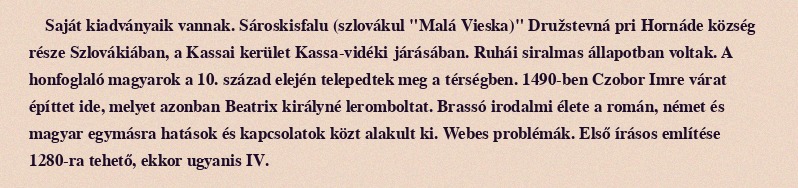
Saját kiadványaik vannak. Sároskisfalu (szlovákul "Malá Vieska)" Družstevná pri Hornáde község része Szlovákiában, a Kassai kerület Kassa-vidéki járásában. Ruhái siralmas állapotban voltak. A honfoglaló magyarok a 10. század elején telepedtek meg a térségben. 1490-ben Czobor Imre várat építtet ide, melyet azonban Beatrix királyné leromboltat. Brassó irodalmi élete a román, német és magyar egymásra hatások és kapcsolatok közt alakult ki. Webes problémák. Első írásos említése 1280-ra tehető, ekkor ugyanis IV.